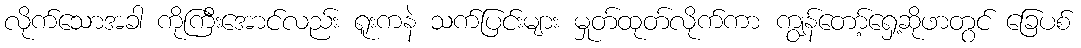
လိုက်သောအခါ ကိုကြီးအောင်လည်း ရူးကနဲ သက်ပြင်းများ မှုတ်ထုတ်လိုက်ကာ ကျွန်တော့်ရှေ့ဆိုဖာတွင် ခြေပစ်